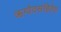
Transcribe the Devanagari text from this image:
ऋग्वेदसंहितेत